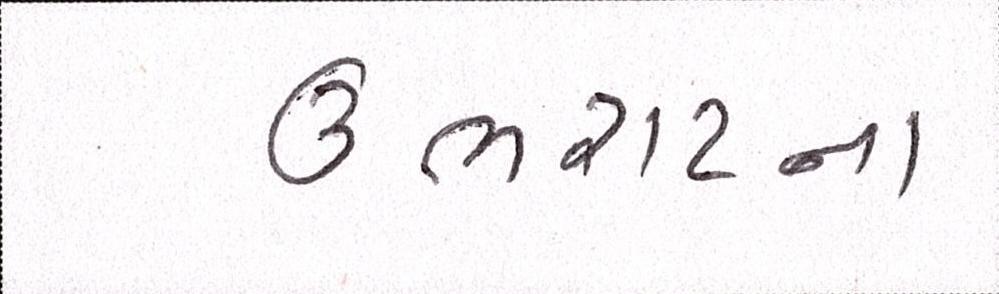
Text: ઉભરાટના